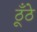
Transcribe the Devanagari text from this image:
ठूँठे